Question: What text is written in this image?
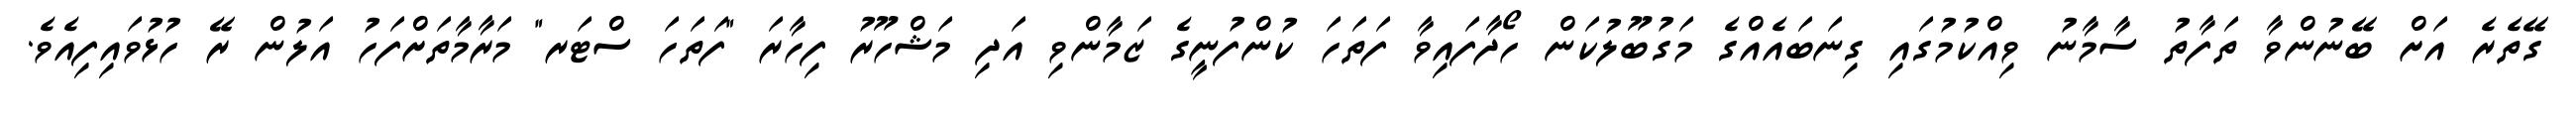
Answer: ގޭތެރެ އަށް ބޭނުންވާ ތަފާތު ސާމާނު ވިއްކުމުގައި ގިނަބައެއްގެ މަގުބޫލުކަން ހޯދާފައިވާ ފަތަހަ ކުންފުނީގެ ޒަމާންވި އަދި މަޝްހޫރު ފިހާރަ "ފަތަހަ ސްޓަރ" މަރާމާތަށްފަހު އަލުން ރޭ ހުޅުވައިފިއެވެ.